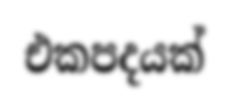
එකපදයක්